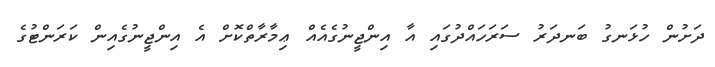
ދަށުން ހުޅަނގު ބަނދަރު ސަރަހައްދުގައި އާ އިންޖީނުގެއެއް ޢިމާރާތްކޮށް އެ އިންޖީނުގެއިން ކަރަންޓުގެ